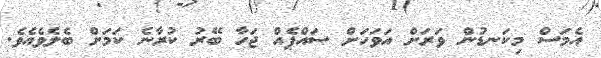
އެމަސް މިކަނޑުން ވަރަށް އަވަހަށް ސައްޕެއް ޖަހާ ބޭރު ކުރާނެ ކަމަށް ބެލެވެއެވެ.